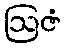
ဩဇံ